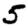
Digit: 5